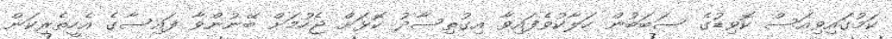
ކަމުގައިވިއަސް ކޮވިޑުގެ ސަބަބުން ހަލާކުވެފައިވާ އިގުތިސާދު ކޮޅަށް ޖެހުމަށް ބޭނުންވާ ފައިސާގެ އެހީތެރިކަން